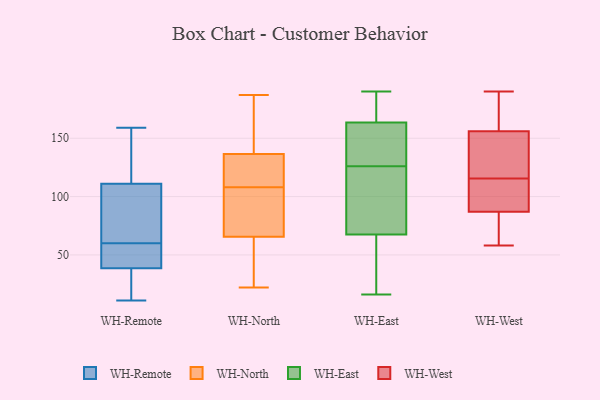
{"axis": {"x": "Market Share (%)", "y": "Value"}, "legend": ["WH-East", "WH-North", "WH-Remote", "WH-West"], "data": [{"x": "", "y": 45, "type": "WH-Remote"}, {"x": "", "y": 159, "type": "WH-Remote"}, {"x": "", "y": 60, "type": "WH-Remote"}, {"x": "", "y": 73, "type": "WH-Remote"}, {"x": "", "y": 93, "type": "WH-Remote"}, {"x": "", "y": 123, "type": "WH-Remote"}, {"x": "", "y": 11, "type": "WH-Remote"}, {"x": "", "y": 28, "type": "WH-Remote"}, {"x": "", "y": 146, "type": "WH-Remote"}, {"x": "", "y": 107, "type": "WH-Remote"}, {"x": "", "y": 42, "type": "WH-Remote"}, {"x": "", "y": 44, "type": "WH-Remote"}, {"x": "", "y": 13, "type": "WH-Remote"}, {"x": "", "y": 120, "type": "WH-North"}, {"x": "", "y": 55, "type": "WH-North"}, {"x": "", "y": 45, "type": "WH-North"}, {"x": "", "y": 68, "type": "WH-North"}, {"x": "", "y": 22, "type": "WH-North"}, {"x": "", "y": 132, "type": "WH-North"}, {"x": "", "y": 124, "type": "WH-North"}, {"x": "", "y": 180, "type": "WH-North"}, {"x": "", "y": 150, "type": "WH-North"}, {"x": "", "y": 78, "type": "WH-North"}, {"x": "", "y": 158, "type": "WH-North"}, {"x": "", "y": 108, "type": "WH-North"}, {"x": "", "y": 126, "type": "WH-North"}, {"x": "", "y": 58, "type": "WH-North"}, {"x": "", "y": 97, "type": "WH-North"}, {"x": "", "y": 187, "type": "WH-North"}, {"x": "", "y": 107, "type": "WH-North"}, {"x": "", "y": 155, "type": "WH-East"}, {"x": "", "y": 59, "type": "WH-East"}, {"x": "", "y": 118, "type": "WH-East"}, {"x": "", "y": 45, "type": "WH-East"}, {"x": "", "y": 172, "type": "WH-East"}, {"x": "", "y": 16, "type": "WH-East"}, {"x": "", "y": 134, "type": "WH-East"}, {"x": "", "y": 190, "type": "WH-East"}, {"x": "", "y": 84, "type": "WH-East"}, {"x": "", "y": 188, "type": "WH-East"}, {"x": "", "y": 76, "type": "WH-East"}, {"x": "", "y": 172, "type": "WH-East"}, {"x": "", "y": 154, "type": "WH-East"}, {"x": "", "y": 111, "type": "WH-East"}, {"x": "", "y": 152, "type": "WH-East"}, {"x": "", "y": 42, "type": "WH-East"}, {"x": "", "y": 165, "type": "WH-West"}, {"x": "", "y": 87, "type": "WH-West"}, {"x": "", "y": 93, "type": "WH-West"}, {"x": "", "y": 156, "type": "WH-West"}, {"x": "", "y": 152, "type": "WH-West"}, {"x": "", "y": 58, "type": "WH-West"}, {"x": "", "y": 60, "type": "WH-West"}, {"x": "", "y": 190, "type": "WH-West"}, {"x": "", "y": 92, "type": "WH-West"}, {"x": "", "y": 138, "type": "WH-West"}]}